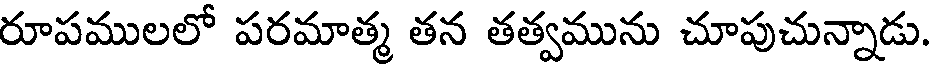
రూపములలో పరమాత్మ తన తత్వమును చూపుచున్నాడు.